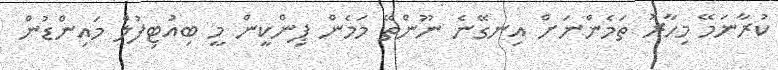
ކުރާނަމޭ މިހާރު ތަމެންނަށް އިނގޭނެ ނޫންތޭ މަމެން ޕިންކީން މީ ބިއުޓިފުލް މައިންޑުން